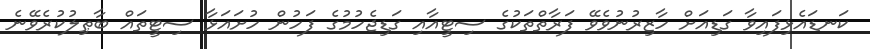
ކަނޑައެޅިފައިވާ ގަޑިއަށް ހާޒިރުނުވެވޭ ފަރާތްތަކުގެ ސިޓީއާއި ގަޑިޖެހުމުގެ ފަހުން ހުށައަޅާ ސިޓީތައް ބާޠިލުކުރެވޭނެ